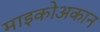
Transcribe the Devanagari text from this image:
माइकोअकान